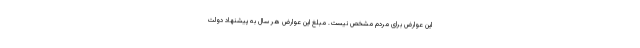
این عوارض برای مردم مشخص نیست. مبلغ این عوارض هر سال به پیشنهاد دولت